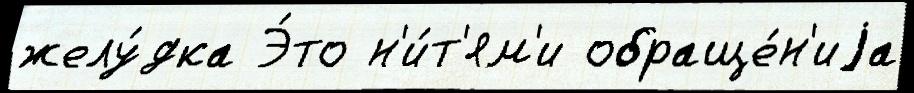
желу́дка Э́то н'и́т'ям'и обраще́н'иjа